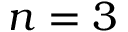
n = 3